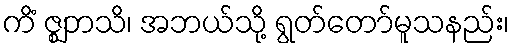
ကိံ ဇ္ဈဘသိ၊ အဘယ်သို့ ရွတ်တော်မူသနည်း၊